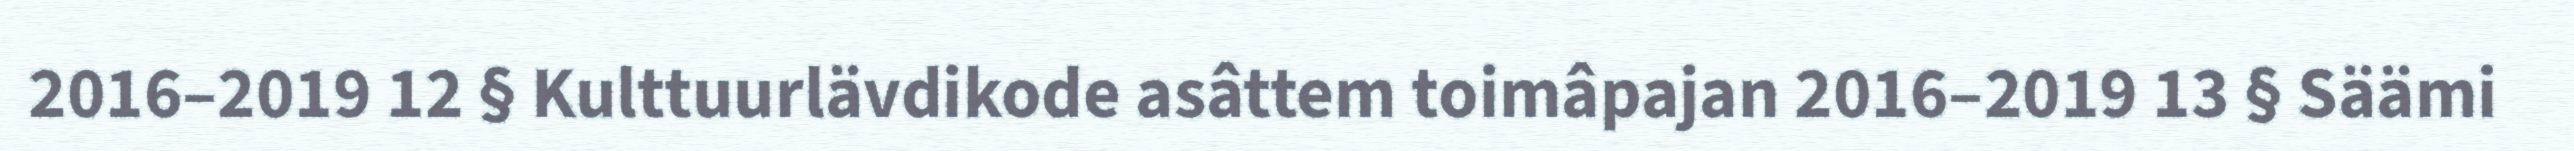
2016–2019 12 § Kulttuurlävdikode asâttem toimâpajan 2016–2019 13 § Säämi